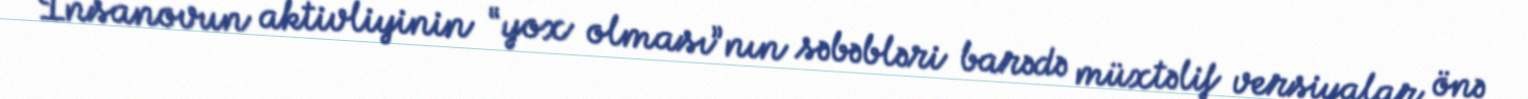
İnsanovun aktivliyinin “yox olması”nın səbəbləri barədə müxtəlif versiyalar önə